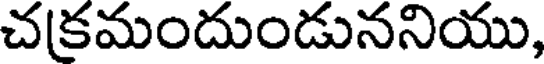
చకమందుండుననియు,